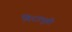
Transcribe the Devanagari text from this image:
बिटामूवी